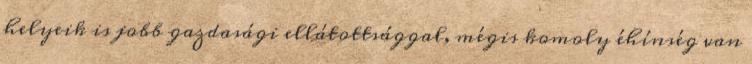
helyeik is jobb gazdasági ellátottsággal, mégis komoly éhínség van